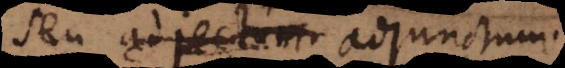
seu adjectum. adjunctum.